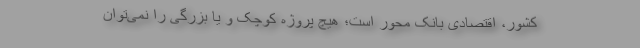
کشور، اقتصادی بانک محور است؛ هیچ پروژه‌ کوچک و یا بزرگی را نمی‌توان